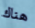
هناك